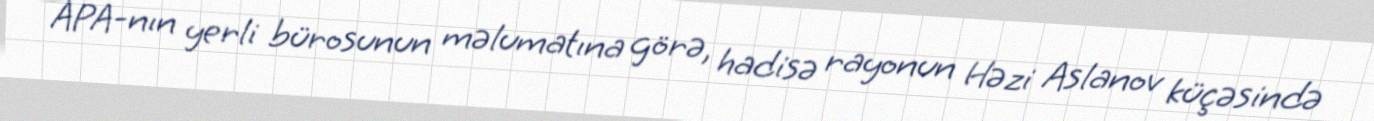
APA-nın yerli bürosunun məlumatına görə, hadisə rayonun Həzi Aslanov küçəsində